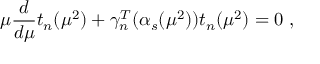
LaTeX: \mu \frac { d } { d \mu } t _ { n } ( \mu ^ { 2 } ) + \gamma _ { n } ^ { T } ( \alpha _ { s } ( \mu ^ { 2 } ) ) t _ { n } ( \mu ^ { 2 } ) = 0 \ ,